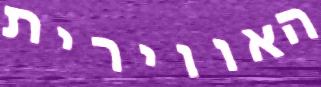
האווירית